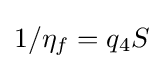
1/\eta _{f}=q_{4}S